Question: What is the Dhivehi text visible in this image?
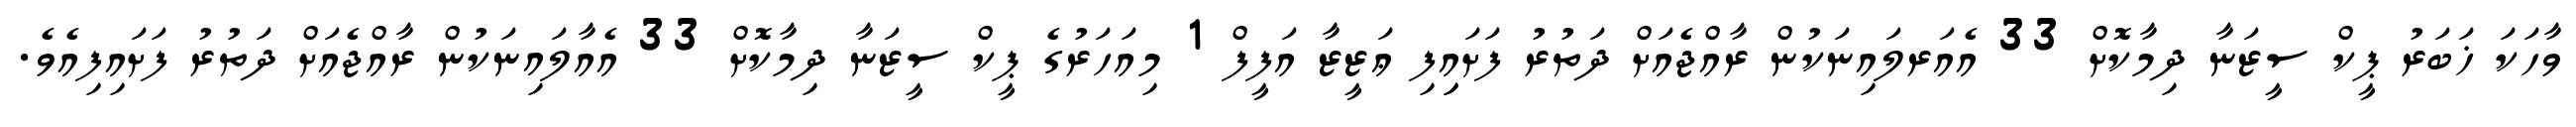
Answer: ވާހަކަ ޚަބަރު ޕީކް ސީޒަނާ ދިމާކޮށް 33 އެއަރލައިނަކުން ރާއްޖެއަށް ދަތުރު ފަށައިިފި ޢަޒީޒާ އަފީފް 1 މިއަހަރުގެ ޕީކް ސީޒަނާ ދިމާކޮށް 33 އެއާލައިނަކުން ރާއްޖެއަށް ދަތުރު ފަށައިފިއެވެ.